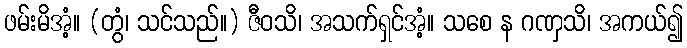
ဖမ်းမိအံ့။ (တွံ၊ သင်သည်။) ဇီဝသိ၊ အသက်ရှင်အံ့။ သစေ န ဂဏှသိ၊ အကယ်၍